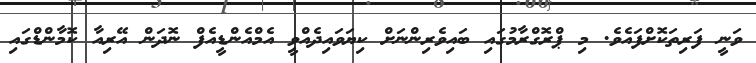
ވަނީ ފަރިތަކޮށްފައެވެ. މި ޕްރޮގްރާމުގައި ބައިވެރިންނަށް ކިޔަވައިދެއްވީ އެމްއެންޑީއެފް ނޮދަން އޭރިއާ ކޮމާންޑްގައި